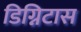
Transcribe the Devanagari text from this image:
डिग्निटास